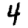
Digit: 4